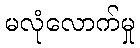
မလုံလောက်မှု